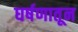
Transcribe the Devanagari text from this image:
घर्षणातून